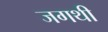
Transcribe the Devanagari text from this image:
जगथी